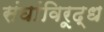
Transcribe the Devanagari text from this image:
संघांविरूद्ध